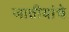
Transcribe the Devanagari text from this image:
जातीयांचे